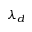
\lambda _ { d }